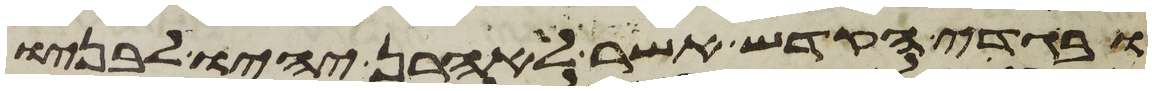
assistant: ובגדי הקדש אשר לאהרן יהיו לבניו